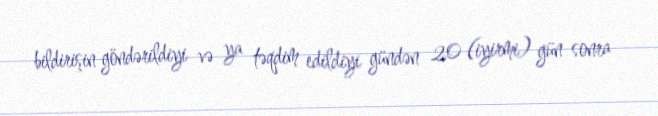
bildirişin göndərildiyi və ya təqdim edildiyi gündən 20 (iyirmi) gün sonra